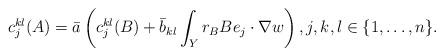
LaTeX: \begin{align*}c_j^{kl}(A) = \bar{a}\left(c_j^{kl}(B)+\bar{b}_{kl} \int_Y r_B B e_j\cdot \nabla w \right),j,k,l\in\{1,\dots,n\}.\end{align*}